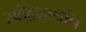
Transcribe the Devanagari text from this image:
रवींद्रनाथांन